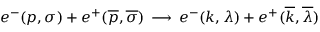
e ^ { - } ( p , \sigma ) + e ^ { + } ( { \overline { { { p } } } } , \overline { { { \sigma } } } ) \, \longrightarrow \, e ^ { - } ( k , \lambda ) + e ^ { + } ( { \overline { { { k } } } } , \overline { { { \lambda } } } )